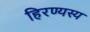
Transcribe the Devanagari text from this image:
हिरण्यस्य